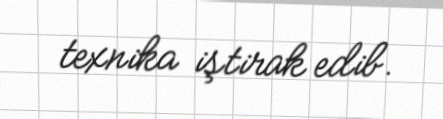
texnika iştirak edib.